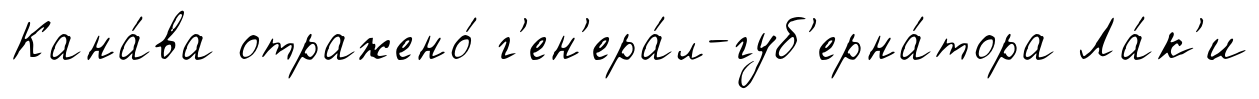
Кана́ва отражено́ г'ен'ера́л-губ'ерна́тора Ла́к'и